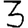
Digit: 3